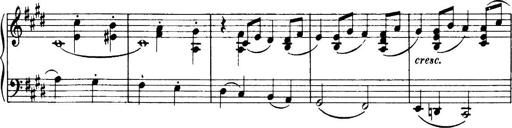
Title: 3 Sonatinas, Op.67
Composer: Jean Sibelius